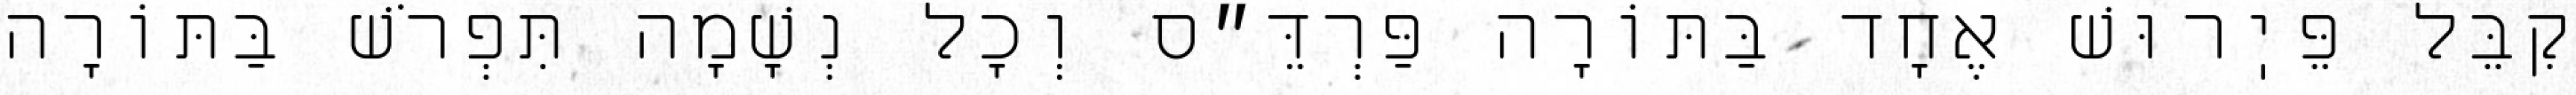
קִבֵּל פֵּיֽרוּשׁ אֶחָד בַּתּוֹרָה פַּרְדֵּ״ס וְכׇל נְשָׁמָה תִּפְרֹשׁ בַּתּוֹרָה